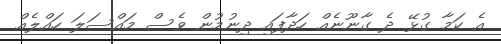
އެ ކަމާ ގުޅޭ ދެ ގާނޫނެއް ހަދާފައި ދިނުމުން ވެސް މައްސަލަ ހައްލެއް